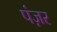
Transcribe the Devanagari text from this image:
पंज़र